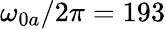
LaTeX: \omega_{0a}/2\pi=193